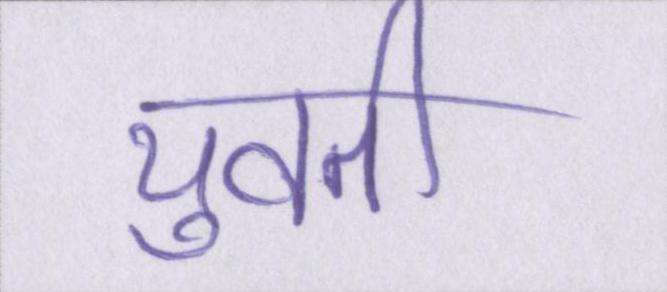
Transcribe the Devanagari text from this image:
युवती